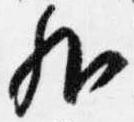
外